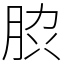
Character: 䏮